Madras plague regulations and rules - Volume 1
Disease focus: Plague
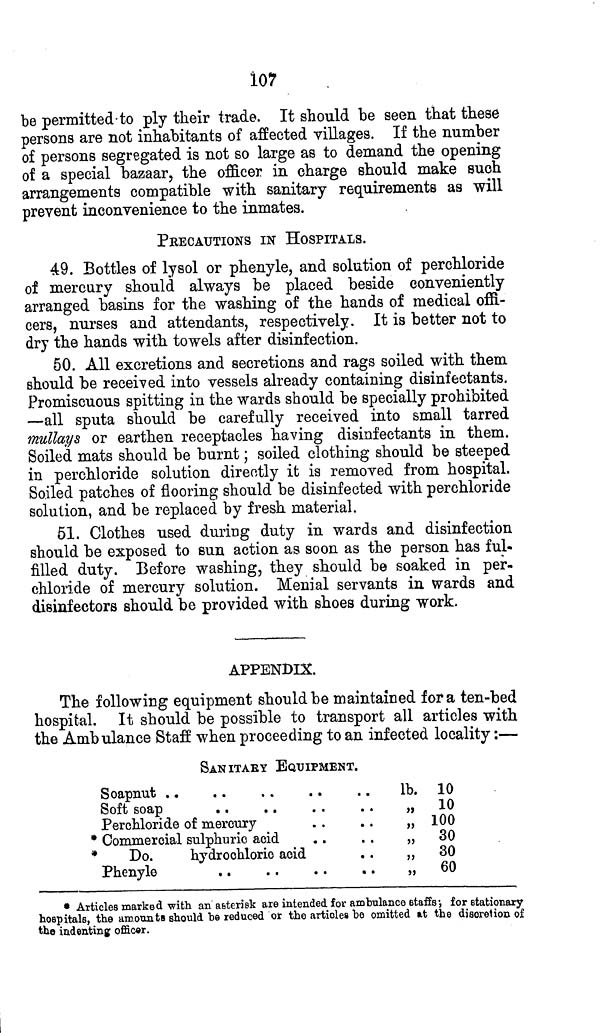
107
be permitted to ply their trade. It should be seen that these
persons are not inhabitants of affected villages. If the number
of persons segregated is not so large as to demand the opening
of a special bazaar, the officer in charge should make such
arrangements compatible with sanitary requirements as will
prevent inconvenience to the inmates.
PRECAUTIONS IN HOSPITALS.
49. Bottles of lysol or phenyle, and solution of perchloride
of mercury should always be placed beside conveniently
arranged basins for the washing of the hands of medical offi-
cers, nurses and attendants, respectively. It is better not to
dry the hands with towels after disinfection.
50. All excretions and secretions and rags soiled with them
should be received into vessels already containing disinfectants.
Promiscuous spitting in the wards should be specially prohibited
—all sputa should be carefully received into small tarred
mullays or earthen receptacles having disinfectants in them.
Soiled mats should be burnt; soiled clothing should be steeped
in perchloride solution directly it is removed from hospital.
Soiled patches of flooring should be disinfected with perchloride
solution, and be replaced by fresh material.
51. Clothes used during duty in wards and disinfection
should be exposed to sun action as soon as the person has ful-
filled duty. Before washing, they should be soaked in per-
chloride of mercury solution. Menial servants in wards and
disinfectors should be provided with shoes during work.
APPENDIX.
The following equipment should be maintained for a ten-bed
hospital. It should be possible to transport all articles with
the Ambulance Staff when proceeding to an infected locality:—
SANITAEY EQUIPMENT.
Soapnut
Soft soap
Perchloride of mercury
* Commercial sulphuric acid
*
Do.
hydrochloric acid
Phenyle
lb.
"
"
"
"
"
10
10
100
30
30
60
* Articles marked with an asterisk are intended for ambulance staffs; for stationary
hospitals, the amounts should he reduced or the articles he omitted at the discretion of
the indenting officer.